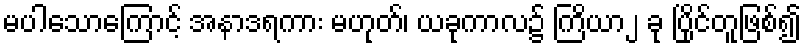
မပါသောကြောင့် အနာဒရကား မဟုတ်၊ ယခုကာလ၌ ကြိယာ၂ ခု ပြိုင်တူဖြစ်၍